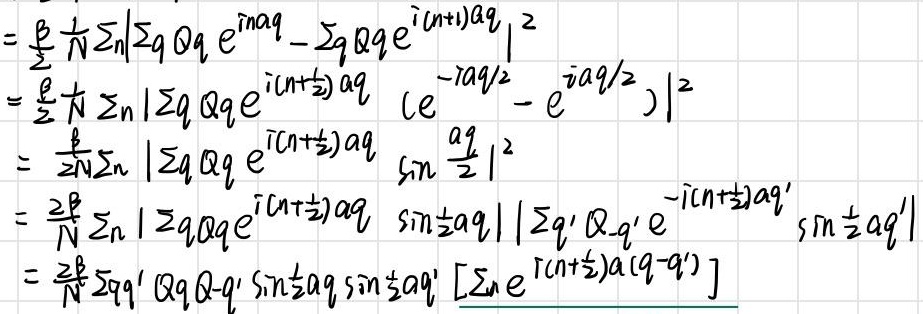
\[
\begin{align*}
&=\frac{\frac{\sum_{i = 1}^{n} (x_{i}-\overline{x})(y_{i}-\overline{y})}{\sum_{i = 1}^{n}(x_{i}-\overline{x})^{2}}-\beta_{1,0}}{s_{\frac{\sum_{i = 1}^{n} (x_{i}-\overline{x})(y_{i}-\overline{y})}{\sum_{i = 1}^{n}(x_{i}-\overline{x})^{2}}}}\\
&=\frac{\hat{\beta}_{1}-\beta_{1,0}}{s_{\hat{\beta}_{1}}}\\
&=\frac{\hat{\beta}_{1}-\beta_{1,0}}{\sqrt{\frac{\sum_{i = 1}^{n}(y_{i}-\hat{y}_{i})^{2}}{n - 2}/\sum_{i = 1}^{n}(x_{i}-\overline{x})^{2}}}\\
&=\frac{\hat{\beta}_{1}-\beta_{1,0}}{\sqrt{\frac{SSE}{n - 2}/S_{xx}}}\\
&=\frac{\hat{\beta}_{1}-\beta_{1,0}}{\sqrt{\frac{\sum_{i = 1}^{n}(y_{i}-\hat{y}_{i})^{2}}{n - 2}/\sum_{i = 1}^{n}(x_{i}-\overline{x})^{2}}}\\
&=\frac{\hat{\beta}_{1}-\beta_{1,0}}{\sqrt{\frac{\sum_{i = 1}^{n}(y_{i}-(\hat{\beta}_{0}+\hat{\beta}_{1}x_{i}))^{2}}{n - 2}/\sum_{i = 1}^{n}(x_{i}-\overline{x})^{2}}}
\end{align*}
\]